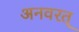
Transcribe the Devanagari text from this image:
अनवरत्